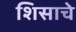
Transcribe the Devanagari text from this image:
शिसाचे